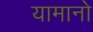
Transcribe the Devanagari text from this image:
यामानो